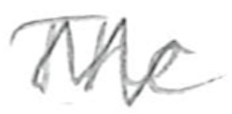
Text: The
Cross-out: zig-zag
Writing tool: pencil